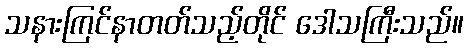
သနားကြင်နာတတ်သည့်တိုင် ဒေါသကြီးသည်။